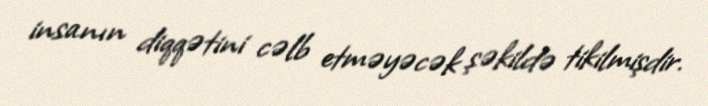
insanın diqqətini cəlb etməyəcək şəkildə tikilmişdir.